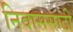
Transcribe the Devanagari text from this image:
निवाससाठी